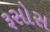
રૂસોસ